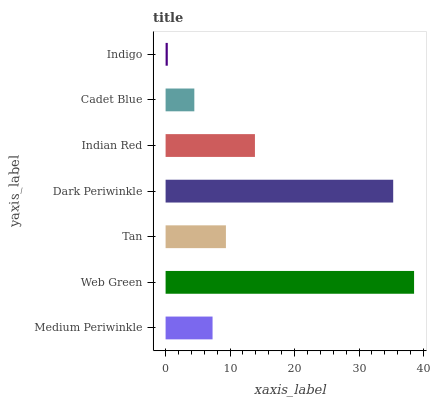
| yaxis_label | bars |
 | --- | --- |
 | Medium Periwinkle | 7.28 |
 | Web Green | 38.5 |
 | Tan | 9.35 |
 | Dark Periwinkle | 35.3 |
 | Indian Red | 13.9 |
 | Cadet Blue | 4.46 |
 | Indigo | 0.341 |